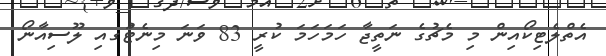
އެތްލެޓިކޯއިން މި މެޗުގެ ނަތީޖާ ހަމަހަމަ ކުރީ 83 ވަނަ މިނެޓުަގއި ލޫސިއާނޯ